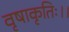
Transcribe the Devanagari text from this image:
वृषाकृतिः।।